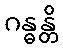
ဂန္ဓန္တိ